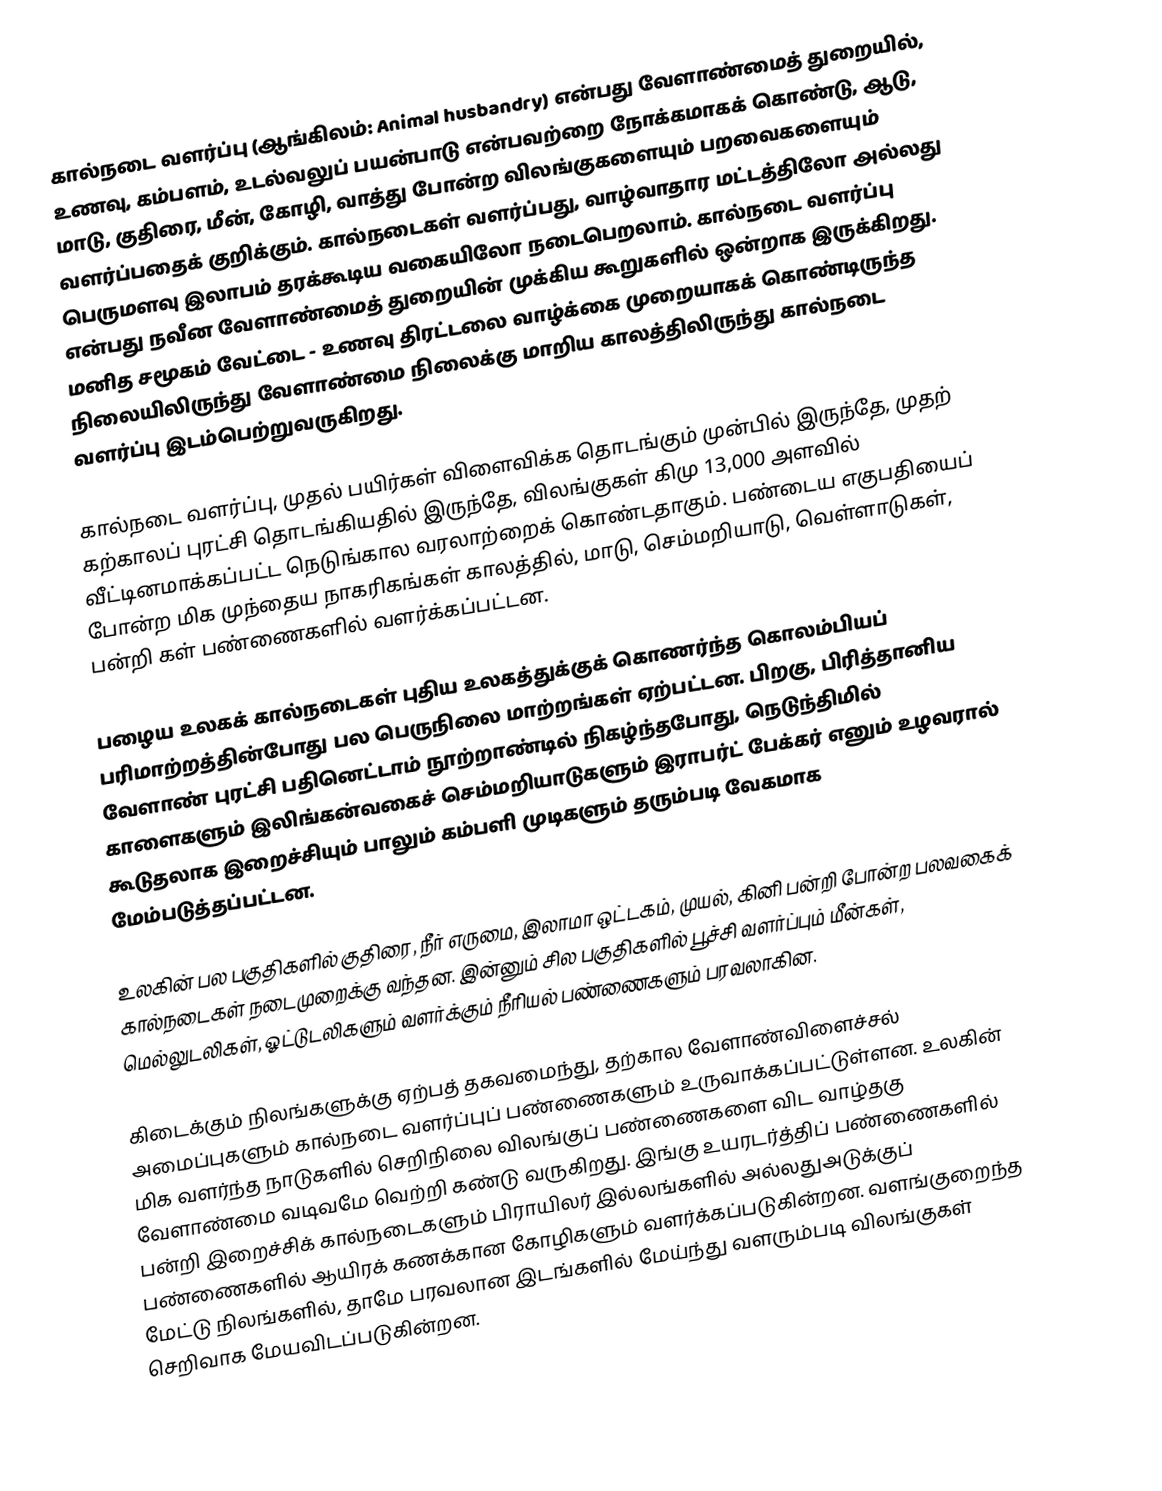
கால்நடை வளர்ப்பு (ஆங்கிலம்: Animal husbandry) என்பது வேளாண்மைத் துறையில்,  உணவு, கம்பளம், உடல்வலுப் பயன்பாடு என்பவற்றை நோக்கமாகக் கொண்டு, ஆடு, மாடு, குதிரை, மீன், கோழி, வாத்து போன்ற விலங்குகளையும் பறவைகளையும் வளர்ப்பதைக் குறிக்கும். கால்நடைகள் வளர்ப்பது, வாழ்வாதார மட்டத்திலோ அல்லது பெருமளவு இலாபம் தரக்கூடிய வகையிலோ நடைபெறலாம். கால்நடை வளர்ப்பு என்பது நவீன வேளாண்மைத் துறையின் முக்கிய கூறுகளில் ஒன்றாக இருக்கிறது. மனித சமூகம் வேட்டை - உணவு திரட்டலை வாழ்க்கை முறையாகக் கொண்டிருந்த நிலையிலிருந்து வேளாண்மை நிலைக்கு மாறிய காலத்திலிருந்து கால்நடை வளர்ப்பு இடம்பெற்றுவருகிறது.

கால்நடை வளர்ப்பு, முதல் பயிர்கள் விளைவிக்க தொடங்கும் முன்பில் இருந்தே,  முதற் கற்காலப் புரட்சி தொடங்கியதில் இருந்தே, விலங்குகள் கிமு 13,000 அளவில் வீட்டினமாக்கப்பட்ட நெடுங்கால வரலாற்றைக் கொண்டதாகும். பண்டைய எகுபதியைப் போன்ற மிக முந்தைய நாகரிகங்கள் காலத்தில், மாடு, செம்மறியாடு, வெள்ளாடுகள், பன்றி கள் பண்ணைகளில் வளர்க்கப்பட்டன.

பழைய உலகக் கால்நடைகள் புதிய உலகத்துக்குக் கொணர்ந்த கொலம்பியப் பரிமாற்றத்தின்போது பல பெருநிலை மாற்றங்கள் ஏற்பட்டன. பிறகு, பிரித்தானிய வேளாண் புரட்சி பதினெட்டாம் நூற்றாண்டில் நிகழ்ந்தபோது, நெடுந்திமில் காளைகளும் இலிங்கன்வகைச் செம்மறியாடுகளும் இராபர்ட் பேக்கர் எனும் உழவரால் கூடுதலாக இறைச்சியும் பாலும் கம்பளி முடிகளும் தரும்படி வேகமாக மேம்படுத்தப்பட்டன.

உலகின் பல பகுதிகளில்  குதிரை, நீர் எருமை, இலாமா ஒட்டகம், முயல், கினி பன்றி  போன்ற பலவகைக் கால்நடைகள் நடைமுறைக்கு வந்தன. இன்னும் சில பகுதிகளில்  பூச்சி வளர்ப்பும்  மீன்கள், மெல்லுடலிகள், ஓட்டுடலிகளும் வளர்க்கும் நீரியல் பண்ணைகளும்  பரவலாகின.

கிடைக்கும் நிலங்களுக்கு ஏற்பத் தகவமைந்து, தற்கால வேளாண்விளைச்சல் அமைப்புகளும் கால்நடை வளர்ப்புப் பண்ணைகளும் உருவாக்கப்பட்டுள்ளன. உலகின் மிக வளர்ந்த நாடுகளில் செறிநிலை விலங்குப் பண்ணைகளை விட வாழ்தகு வேளாண்மை  வடிவமே வெற்றி கண்டு வருகிறது. இங்கு உயரடர்த்திப் பண்ணைகளில் பன்றி இறைச்சிக் கால்நடைகளும் பிராயிலர் இல்லங்களில் அல்லதுஅடுக்குப் பண்ணைகளில் ஆயிரக் கணக்கான கோழிகளும் வளர்க்கப்படுகின்றன. வளங்குறைந்த மேட்டு நிலங்களில்,  தாமே பரவலான இடங்களில் மேய்ந்து வளரும்படி விலங்குகள் செறிவாக மேயவிடப்படுகின்றன.